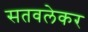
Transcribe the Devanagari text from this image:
सतवलेकर